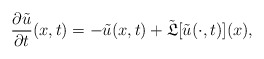
\begin{align*}\frac{\partial\tilde{u}}{\partial t}(x,t) = - \tilde{u}(x,t) + \tilde{\mathfrak{L}}[\tilde{u}(\cdot,t)](x), \end{align*}